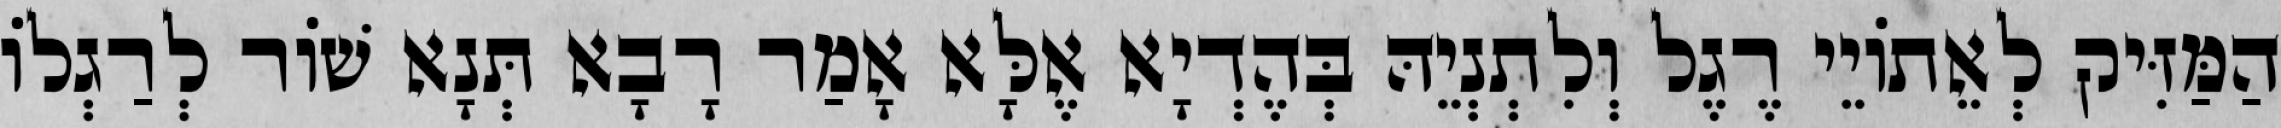
הַמַּזִּיק לְאֵתוֹיֵי רֶגֶל וְלִתְנְיֵהּ בְּהֶדְיָא אֶלָּא אָמַר רָבָא תְּנָא שׁוֹר לְרַגְלוֹ